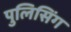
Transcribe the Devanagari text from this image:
पुलिसिंग